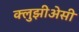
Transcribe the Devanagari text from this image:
क्लुझीअेसी